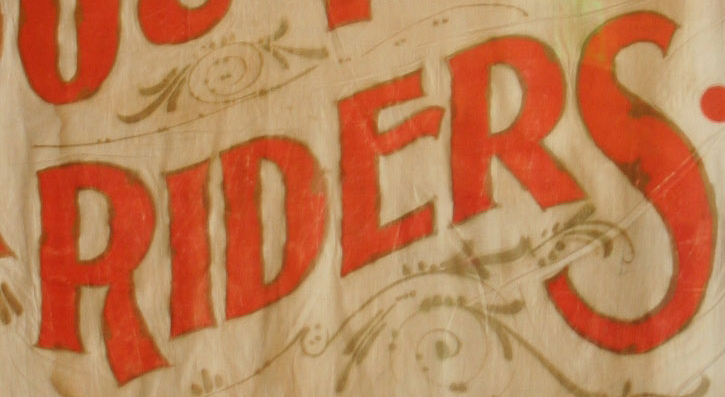
RIDERS